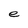
Character: e